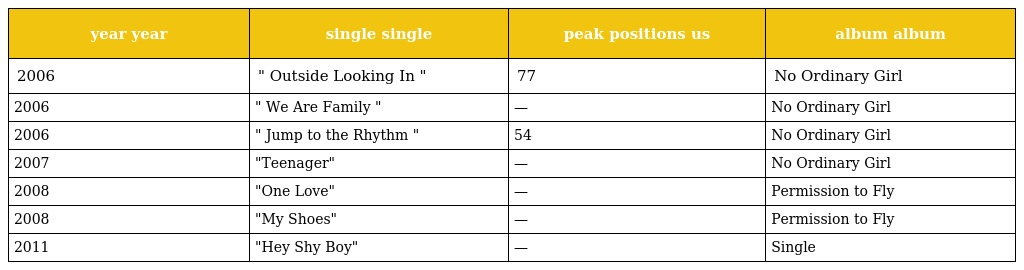
| year year | single single | peak positions us | album album |
 | --- | --- | --- | --- |
 | 2006 | " Outside Looking In " | 77 | No Ordinary Girl |
 | 2006 | " We Are Family " | — | No Ordinary Girl |
 | 2006 | " Jump to the Rhythm " | 54 | No Ordinary Girl |
 | 2007 | "Teenager" | — | No Ordinary Girl |
 | 2008 | "One Love" | — | Permission to Fly |
 | 2008 | "My Shoes" | — | Permission to Fly |
 | 2011 | "Hey Shy Boy" | — | Single |